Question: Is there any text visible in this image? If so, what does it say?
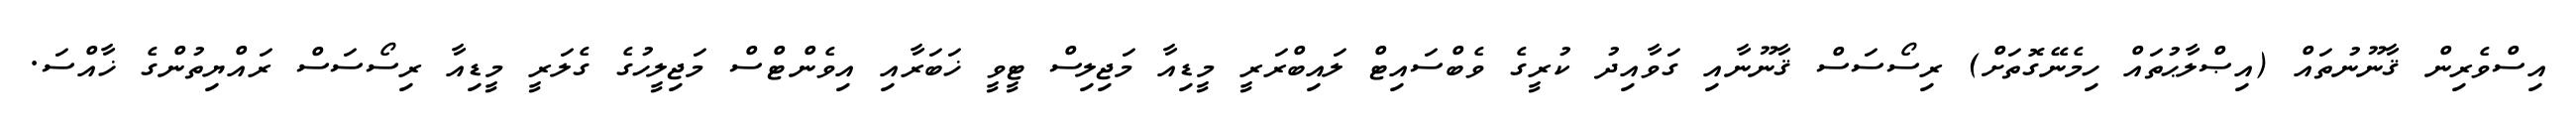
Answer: އިސްވެރިން ޤާނޫނުތައް (އިޞްލާޙުތައް ހިމެނޭގޮތަށް) ރިސޯސަސް ޤާނޫނާއި ގަވާއިދު ކުރީގެ ވެބްސައިޓް ލައިބްރަރީ މީޑިއާ މަޖިލިސް ޓީވީ ޚަބަރާއި އިވެންޓްސް މަޖިލީހުގެ ގެލަރީ މީޑިއާ ރިސޯސަސް ރައްޔިތުންގެ ޚާއްސަ.